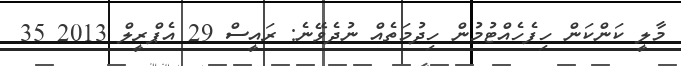
މާލީ ކަންކަން ހިފެހެއްޓުމުން ހިދުމަތެއް ނުދެވޭނެ: ރައީސް 29 އެޕްރީލް 2013 35